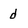
Character: d